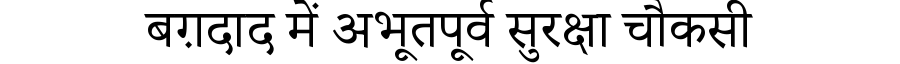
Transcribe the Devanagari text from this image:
बग़दाद में अभूतपूर्व सुरक्षा चौकसी